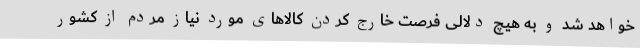
خواهد شد و به هیچ دلالی فرصت خارج کردن کالاهای مورد نیاز مردم از کشور